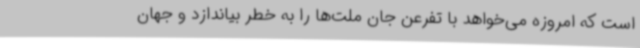
است که امروزه می‌خواهد با تفرعن جان ملت‌ها را به خطر بیاندازد و جهان